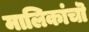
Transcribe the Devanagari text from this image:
मालिकांचॊ